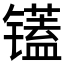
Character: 𫠁